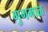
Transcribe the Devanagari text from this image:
गुगमाळ